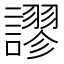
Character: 𧬶